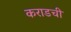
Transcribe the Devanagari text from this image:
कराडची